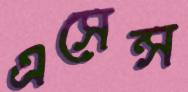
এসেন্স